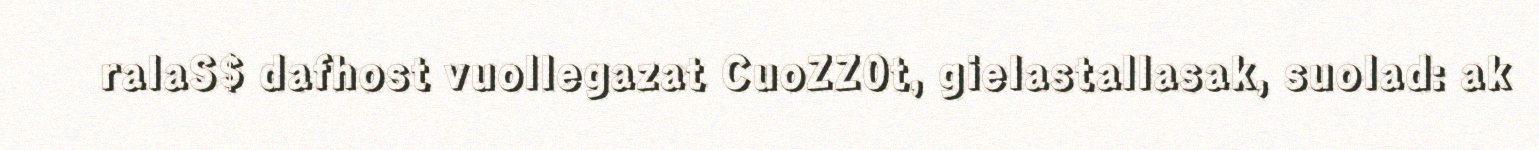
ralaS$ dafhost vuollegazat CuoZZ0t, gielastallasak, suolad: ak